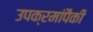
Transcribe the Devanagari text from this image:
उपक्रमांपैकी